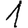
Digit: 1